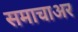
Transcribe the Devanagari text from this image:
समाचाअर